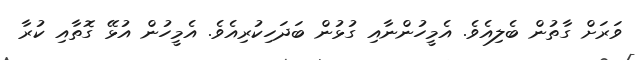
ވަރަށް ގާތުން ބެލިއެވެ. އެމީހުންނާއި ގުޅުން ބަދަހިކުރިއެވެ. އެމީހުން އުޅޭ ގޮތާއި ކުރާ